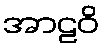
အာဠဝိ